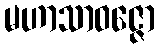
မဟာသာဝဇ္ဇော